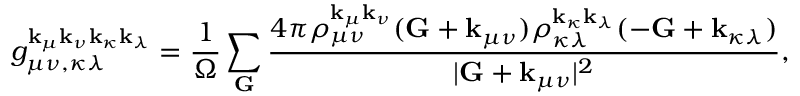
g _ { \mu \nu , \kappa \lambda } ^ { \mathbf { k } _ { \mu } \mathbf { k } _ { \nu } \mathbf { k } _ { \kappa } \mathbf { k } _ { \lambda } } = \frac { 1 } { \Omega } \sum _ { \mathbf { G } } \frac { 4 \pi \rho _ { \mu \nu } ^ { \mathbf { k } _ { \mu } \mathbf { k } _ { \nu } } ( \mathbf { G } + \mathbf { k } _ { \mu \nu } ) \rho _ { \kappa \lambda } ^ { \mathbf { k } _ { \kappa } \mathbf { k } _ { \lambda } } ( - \mathbf { G } + \mathbf { k } _ { \kappa \lambda } ) } { | \mathbf { G } + \mathbf { k } _ { \mu \nu } | ^ { 2 } } ,